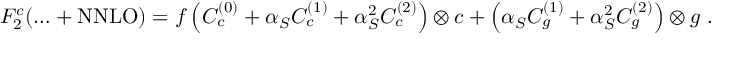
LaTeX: F _ { 2 } ^ { c } ( \ldots + \mathrm { N N L O } ) = f \left( C _ { c } ^ { ( 0 ) } + \alpha _ { S } C _ { c } ^ { ( 1 ) } + \alpha _ { S } ^ { 2 } C _ { c } ^ { ( 2 ) } \right) \otimes c + \left( \alpha _ { S } C _ { g } ^ { ( 1 ) } + \alpha _ { S } ^ { 2 } C _ { g } ^ { ( 2 ) } \right) \otimes g \; .